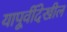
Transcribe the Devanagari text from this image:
यापूर्वीदेखील